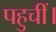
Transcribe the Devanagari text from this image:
पहुचीं।